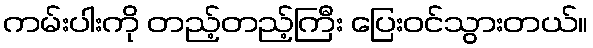
ကမ်းပါးကို တည့်တည့်ကြီး ပြေးဝင်သွားတယ်။